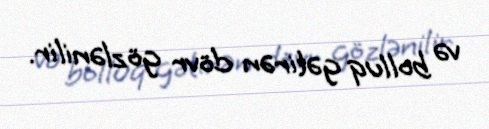
və bolluq gətirən dövr gözlənilir.